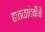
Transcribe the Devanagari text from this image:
हातळादेवीचे